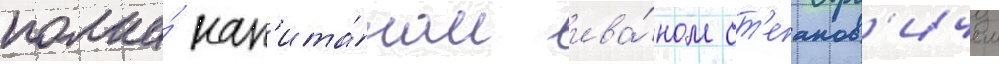
полка́ кап'ита́ном ива́ном ст'епанов'ичем